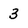
Character: 3